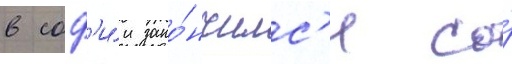
в соф'и́и зако́нчилс'я со́